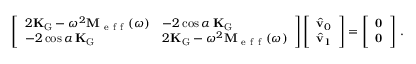
\left[ \begin{array} { l l } { 2 \mathbf { K } _ { \mathrm { G } } - \omega ^ { 2 } \mathbf { M } _ { \mathrm { ~ e ~ f ~ f ~ } } ( \omega ) } & { - 2 \cos \alpha \, \mathbf { K } _ { \mathrm { G } } } \\ { - 2 \cos \alpha \, \mathbf { K } _ { \mathrm { G } } } & { 2 \mathbf { K } _ { \mathrm { G } } - \omega ^ { 2 } \mathbf { M } _ { \mathrm { ~ e ~ f ~ f ~ } } ( \omega ) } \end{array} \right] \left[ \begin{array} { l } { \hat { \mathbf { v } } _ { 0 } } \\ { \hat { \mathbf { v } } _ { 1 } } \end{array} \right] = \left[ \begin{array} { l } { \mathbf { 0 } } \\ { \mathbf { 0 } } \end{array} \right] \, .